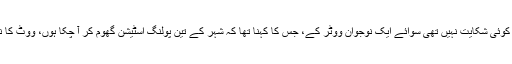
اس پولنگ اسٹیشن پر تین مردانہ بوتھ تھے اور کسی قسم کی کوئی شکایت نہیں تھی سوائے ایک نوجوان ووٹر کے، جس کا کہنا تھا کہ شہر کے تین پولنگ اسٹیشن گھوم کر آ چکا ہوں، ووٹ کا نمبر بھی ہے مگر پتہ نہیں چل رہا کہ کہاں کاسٹ کرنا ہے ۔